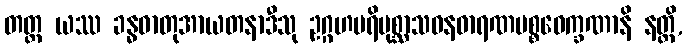
တတ္ထ ယဿ ခန္ဓဓာတုအာယတနာဒီသု ဥဂ္ဂဟပရိပုစ္ဆာသဝနဓာရဏပစ္စဝေက္ခဏာနိ နတ္ထိ,